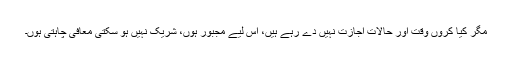
مگر کیا کروں وقت اور حالات اجازت نہیں دے رہے ہیں، اس لیے مجبور ہوں، شریک نہیں ہو سکتی معافی چاہتی ہوں۔